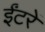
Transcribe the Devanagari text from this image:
ईंटरें